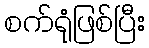
စက်ရုံဖြစ်ပြီး